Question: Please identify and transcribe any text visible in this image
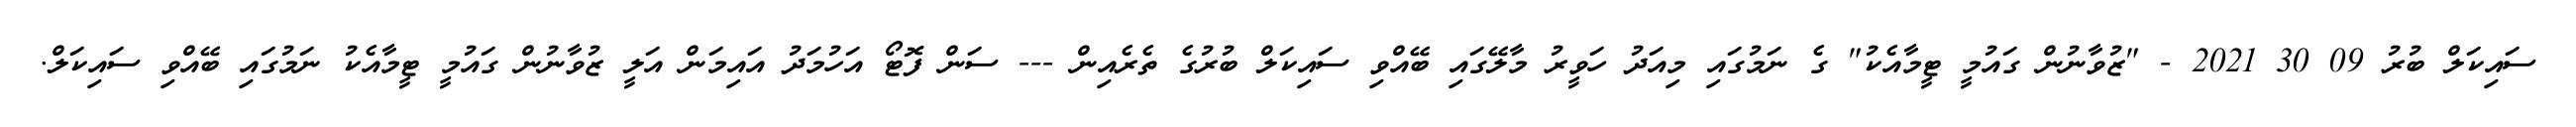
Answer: ސައިކަލް ބުރު 09 30 2021 - "ޒުވާނުން ގައުމީ ޓީމާއެކު" ގެ ނަމުގައި މިއަދު ހަވީރު މާލޭގައި ބޭއްވި ސައިކަލް ބުރުގެ ތެރެއިން --- ސަން ފޮޓޯ އަހުމަދު އައިމަން އަލީ ޒުވާނުން ގައުމީ ޓީމާއެކު ނަމުގައި ބޭއްވި ސައިކަލް.